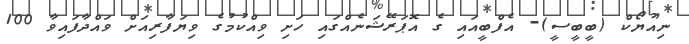
ނިއުޔޯކް (ބީބީސީ)- އެފްބީއައި ގެ އޮޕަރޭޝަނެއްގައި ހަށި ވިއްކުމުގެ ވިޔަފާރިއަށް ވައްދާފައިވާ 100